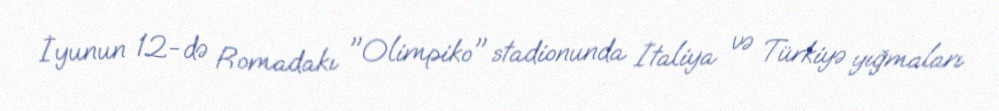
İyunun 12-də Romadakı "Olimpiko" stadionunda İtaliya və Türkiyə yığmaları